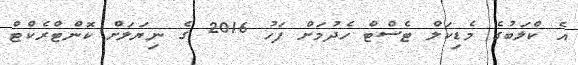
އެ ކްލަބުގެ މެޑިކަލް ޓެސްޓް ހެދުމަށް ފަހު 2016 ގެ ނިޔަލަށް ކޮންޓްރެކްޓް